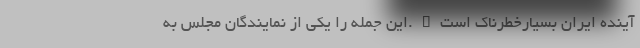
آینده ایران بسیارخطرناک است".این جمله را یکی از نمایندگان مجلس به